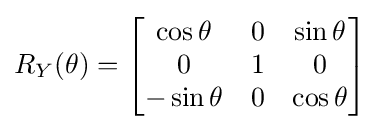
R_{Y}(\theta )={\begin{bmatrix}\cos \theta &0&\sin \theta \\0&1&0\\-\sin \theta &0&\cos \theta \end{bmatrix}}